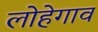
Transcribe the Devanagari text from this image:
लोहेगाव